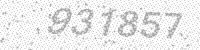
Solution: 931857